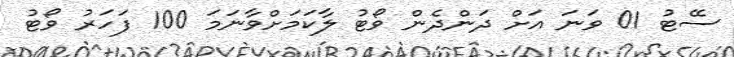
ސޭޓު 01 ވަނަ އަށް ދަންދެން ވޯޓު ލާކަމަށްވާނަމަ 100 ފަހަރު ވޯޓު